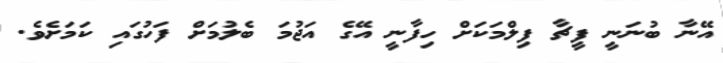
އޭނާ ބުނަނީ ފީޗާ ފިލްމަކަށް ހިފާނީ އޭގެ އަޖުމަ ބެލުމަށް ފަހުގައި ކަމަށެވެ.